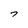
Character: 7